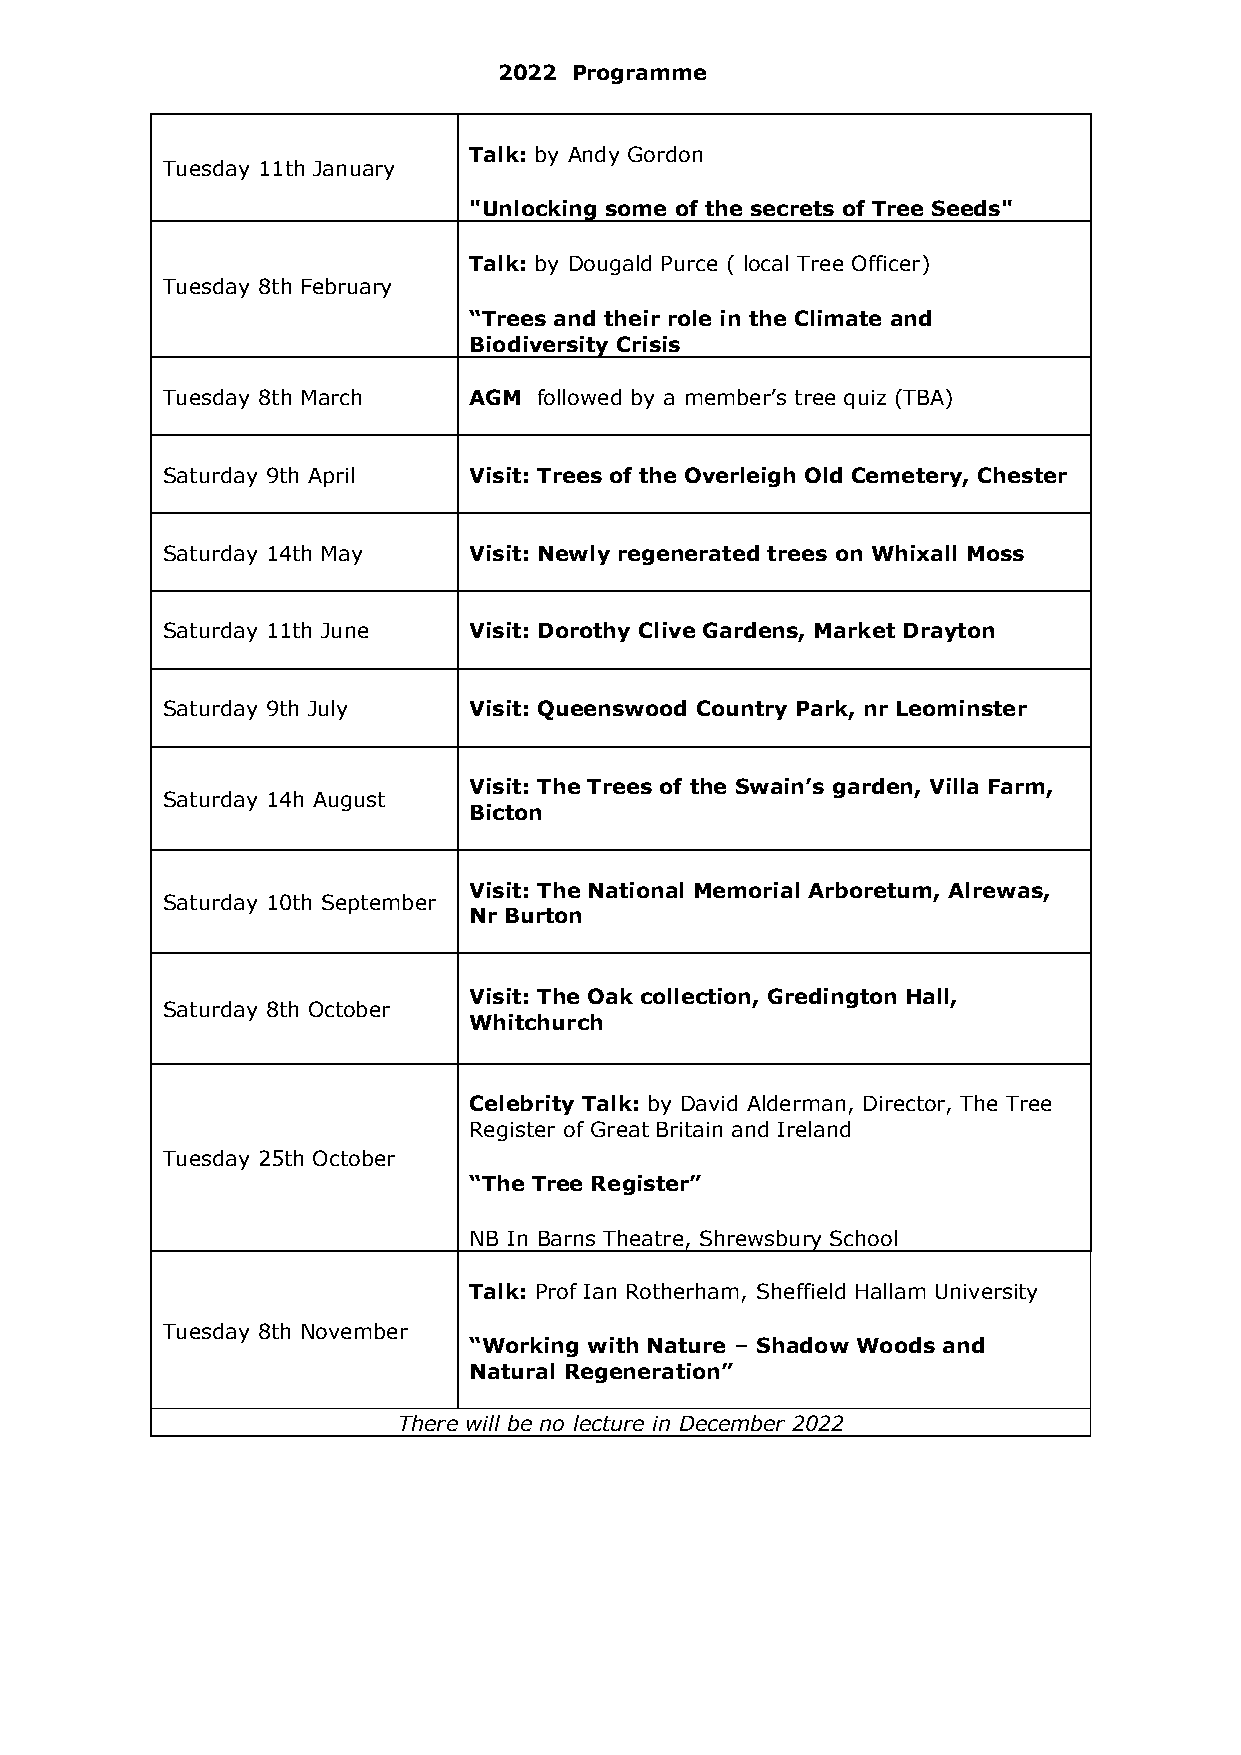
2022 Programme
 Talk: by Andy Gordon
 Tuesday 11th January
 "Unlocking some of the secrets of Tree Seeds"
 Talk: by Dougald Purce ( local Tree Officer)
 Tuesday 8th February
 “Trees and their role in the Climate and
 Biodiversity Crisis
 Tuesday 8th March   AGM  followed by a member’s tree quiz (TBA)
 Saturday 9th April  Visit: Trees of the Overleigh Old Cemetery, Chester
 Saturday 14th May   Visit: Newly regenerated trees on Whixall Moss
 Saturday 11th June  Visit: Dorothy Clive Gardens, Market Drayton
 Saturday 9th July   V isit: Queenswood Country Park, nr Leominster
 Visit: The Trees of the Swain’s garden, Villa Farm,
 Saturday 14h August
 Bicton
 Visit: The National Memorial Arboretum, Alrewas,
 Saturday 10th September
 Nr Burton
 Visit: The Oak collection, Gredington Hall,
 Saturday 8th October
 Whitchurch
 Celebrity Talk: by David Alderman, Director, The Tree
 Register of Great Britain and Ireland
 Tuesday 25th October
 “The Tree Register”
 NB In Barns Theatre, Shrewsbury School
 Talk: Prof Ian Rotherham, Sheffield Hallam University
 Tuesday 8th November
 “Working with Nature – Shadow Woods and
 Natural Regeneration”
 There w ill be no lecture in December 2022